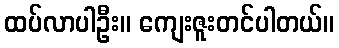
ထပ်လာပါဦး။ ကျေးဇူးတင်ပါတယ်။